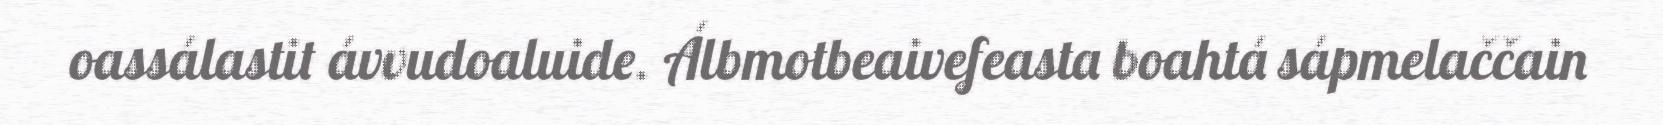
oassálastit ávvudoaluide. Álbmotbeaivefeasta boahtá sápmelaččain